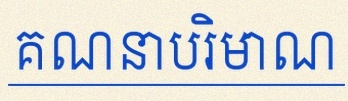
គណនាបរិមាណ